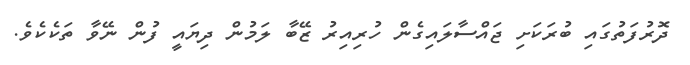
ދޮރުފަތުގައި ބުރަކަށި ޖައްސާލައިގެން ހުރިއިރު ޒޭބާ ލަމުން ދިޔައީ ފުން ނޭވާ ތަކެކެވެ.